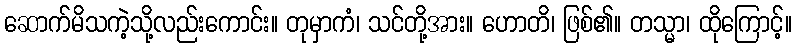
ဆောက်မိသကဲ့သို့လည်းကောင်း။ တုမှာကံ၊ သင်တို့အား။ ဟောတိ၊ ဖြစ်၏။ တသ္မာ၊ ထိုကြောင့်။